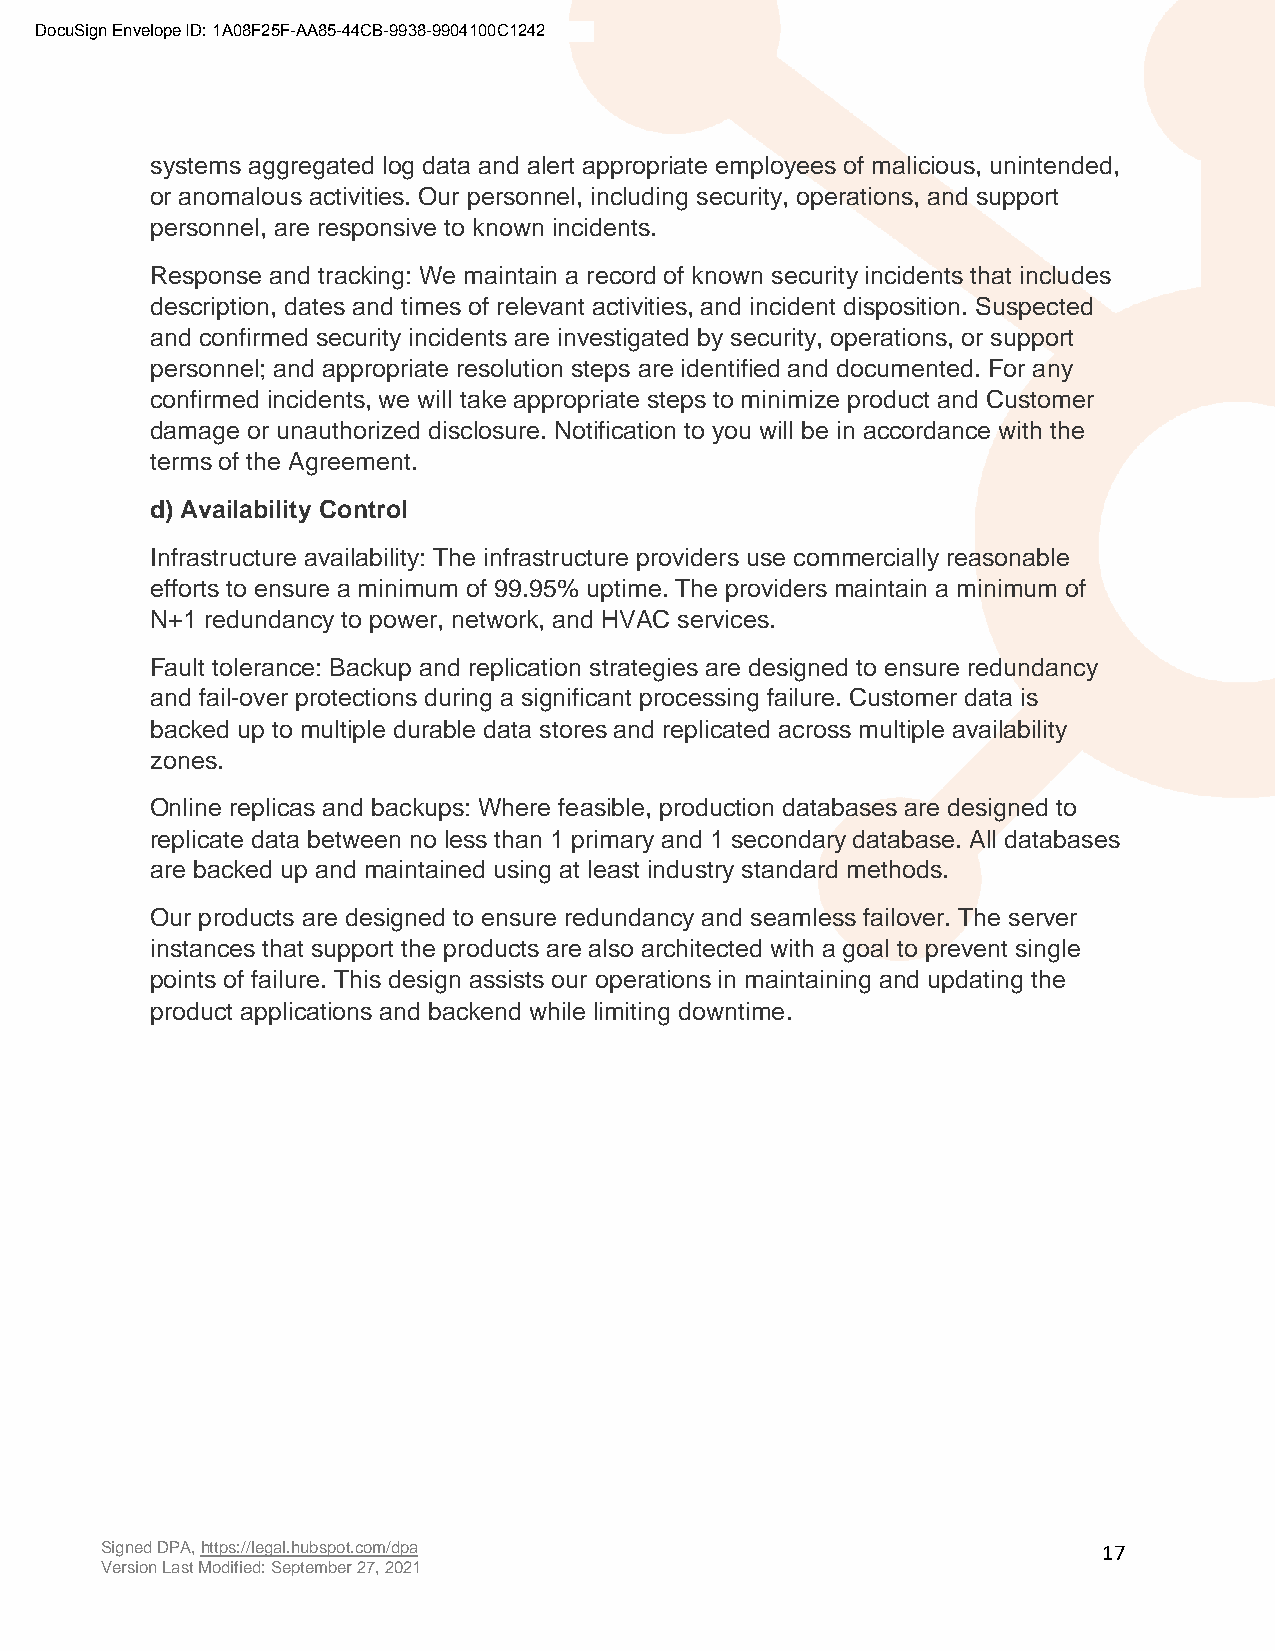
DocuSign Envelope ID: 1A08F25F-AA85-44CB-9938-9904100C1242
 systems aggregated log data and alert appropriate employees of malicious, unintended,
 or anomalous activities. Our personnel, including security, operations, and support
 personnel, are responsive to known incidents.
 Response and tracking: We maintain a record of known security incidents that includes
 description, dates and times of relevant activities, and incident disposition. Suspected
 and confirmed security incidents are investigated by security, operations, or support
 personnel; and appropriate resolution steps are identified and documented. For any
 confirmed incidents, we will take appropriate steps to minimize product and Customer
 damage or unauthorized disclosure. Notification to you will be in accordance with the
 terms of the Agreement.
 d) Availability Control
 Infrastructure availability: The infrastructure providers use commercially reasonable
 efforts to ensure a minimum of 99.95% uptime. The providers maintain a minimum of
 N+1 redundancy to power, network, and HVAC services.
 Fault tolerance: Backup and replication strategies are designed to ensure redundancy
 and fail-over protections during a significant processing failure. Customer data is
 backed up to multiple durable data stores and replicated across multiple availability
 zones.
 Online replicas and backups: Where feasible, production databases are designed to
 replicate data between no less than 1 primary and 1 secondary database. All databases
 are backed up and maintained using at least industry standard methods.
 Our products are designed to ensure redundancy and seamless failover. The server
 instances that support the products are also architected with a goal to prevent single
 points of failure. This design assists our operations in maintaining and updating the
 product applications and backend while limiting downtime.
 Signed DPA, https://legal.hubspot.com/dpa                         17
 Version Last Modified: September 27, 2021